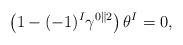
LaTeX: \begin{align*} \left(1 - (-1)^I\gamma^{0\parallel 2}\right)\theta^I = 0 ,\end{align*}